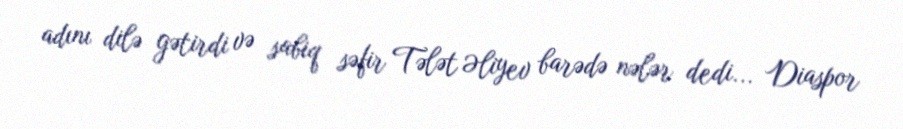
adını dilə gətirdi və sabiq səfir Tələt Əliyev barədə nələr dedi... Diaspor